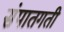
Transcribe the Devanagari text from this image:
संपातगती